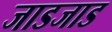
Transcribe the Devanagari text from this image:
जाडजाड